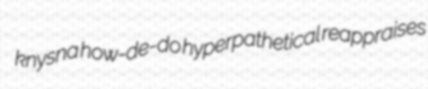
knysna how-de-do hyperpathetical reappraises